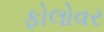
ફોલોવર